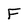
Character: F